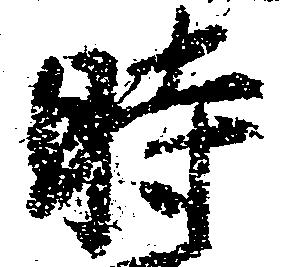
時